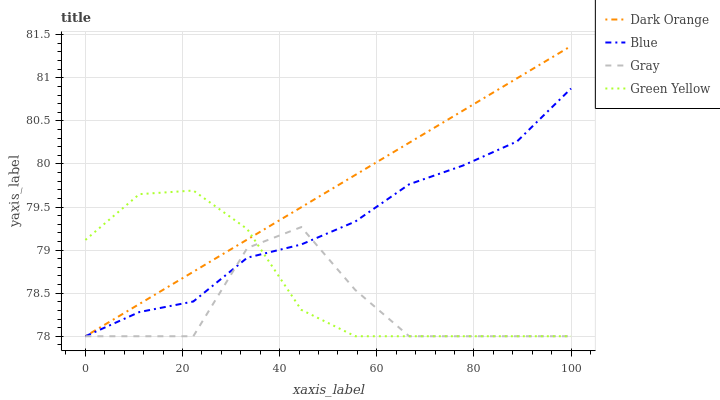
| xaxis_label | Dark Orange | Blue | Gray | Green Yellow |
 | --- | --- | --- | --- | --- |
 | 0 | 78 | 78 | 78 | 79.1 |
 | 11.1 | 78.4 | 78.3 | 78 | 79.6 |
 | 22.2 | 78.7 | 78.4 | 78 | 79.7 |
 | 33.3 | 79.1 | 78.9 | 79 | 79.2 |
 | 44.4 | 79.5 | 79.1 | 79.3 | 78.3 |
 | 55.6 | 79.9 | 79.3 | 78.5 | 78 |
 | 66.7 | 80.2 | 79.8 | 78 | 78 |
 | 77.8 | 80.6 | 80 | 78 | 78 |
 | 88.9 | 81 | 80.3 | 78 | 78 |
 | 100 | 81.4 | 80.9 | 78 | 78 |